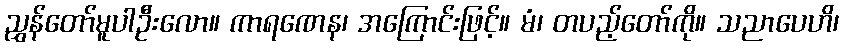
ညွှန်တော်မူပါဦးလော။ ကာရဏေန၊ အကြောင်းဖြင့်။ မံ၊ တပည့်တော်ကို။ သညာပေဟိ၊